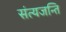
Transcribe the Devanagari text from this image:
संत्यजन्ति